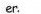
er.